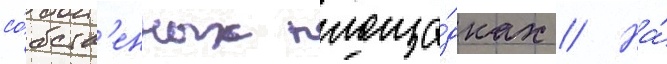
со́бств'енных площа́дках // На́